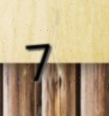
7